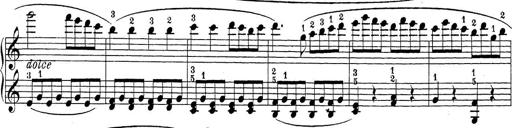
Title: Sonatina Album
Composer: Louis KÃ¶hler